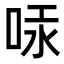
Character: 𠳃